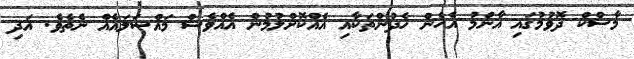
މާސްކް ދޮވުމުގައި އާންމު އެހެން ހެދުންތަކާއި އެއްކޮށްލުމުން އެއްވެސް މައްސަލައެއް ނެތެވެ. އަދި